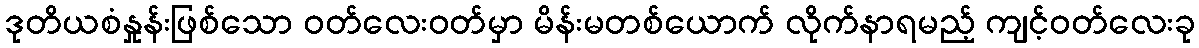
ဒုတိယစံနှုန်းဖြစ်သော ဝတ်လေးဝတ်မှာ မိန်းမတစ်ယောက် လိုက်နာရမည့် ကျင့်ဝတ်လေးခု